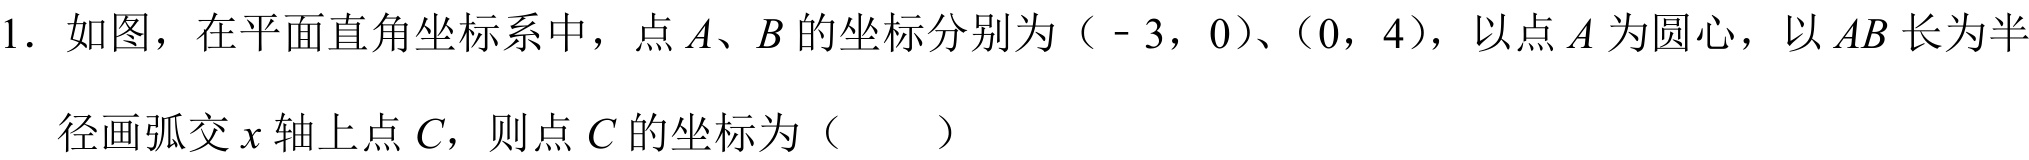
1. 如图，在平面直角坐标系中，点\(A\)、\(B\)的坐标分别为（\(-3\)，\(0\)）、（\(0\)，\(4\)），以点\(A\)为圆心，以\(AB\)长为半

径画弧交\(x\)轴上点\(C\)，则点\(C\)的坐标为（  ）